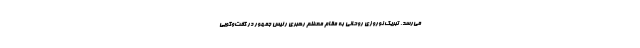
می‌رسد. تبریک نوروزی روحانی به مقام معظم رهبری رئیس جمهور در گفت‌وگویی